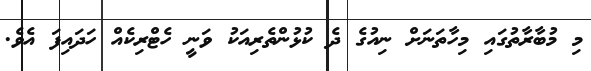
މި މުބާރާތުގައި މިހާތަނަށް ނިއުގެ ދެ ކުޅުންތެރިއަކު ވަނީ ހެޓްރިކެއް ހަދައިފަ އެވެ.